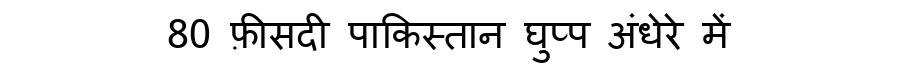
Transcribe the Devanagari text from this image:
80 फ़ीसदी पाकिस्तान घुप्प अंधेरे में